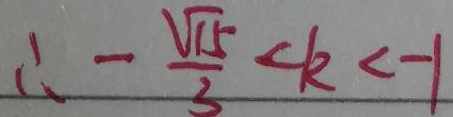
\therefore - \frac { \sqrt { 1 5 } } { 3 } < k < - 1